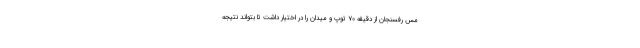
مس رفسنجان از دقیقه ۷۰ توپ و میدان را در اختیار داشت تا بتواند نتیجه